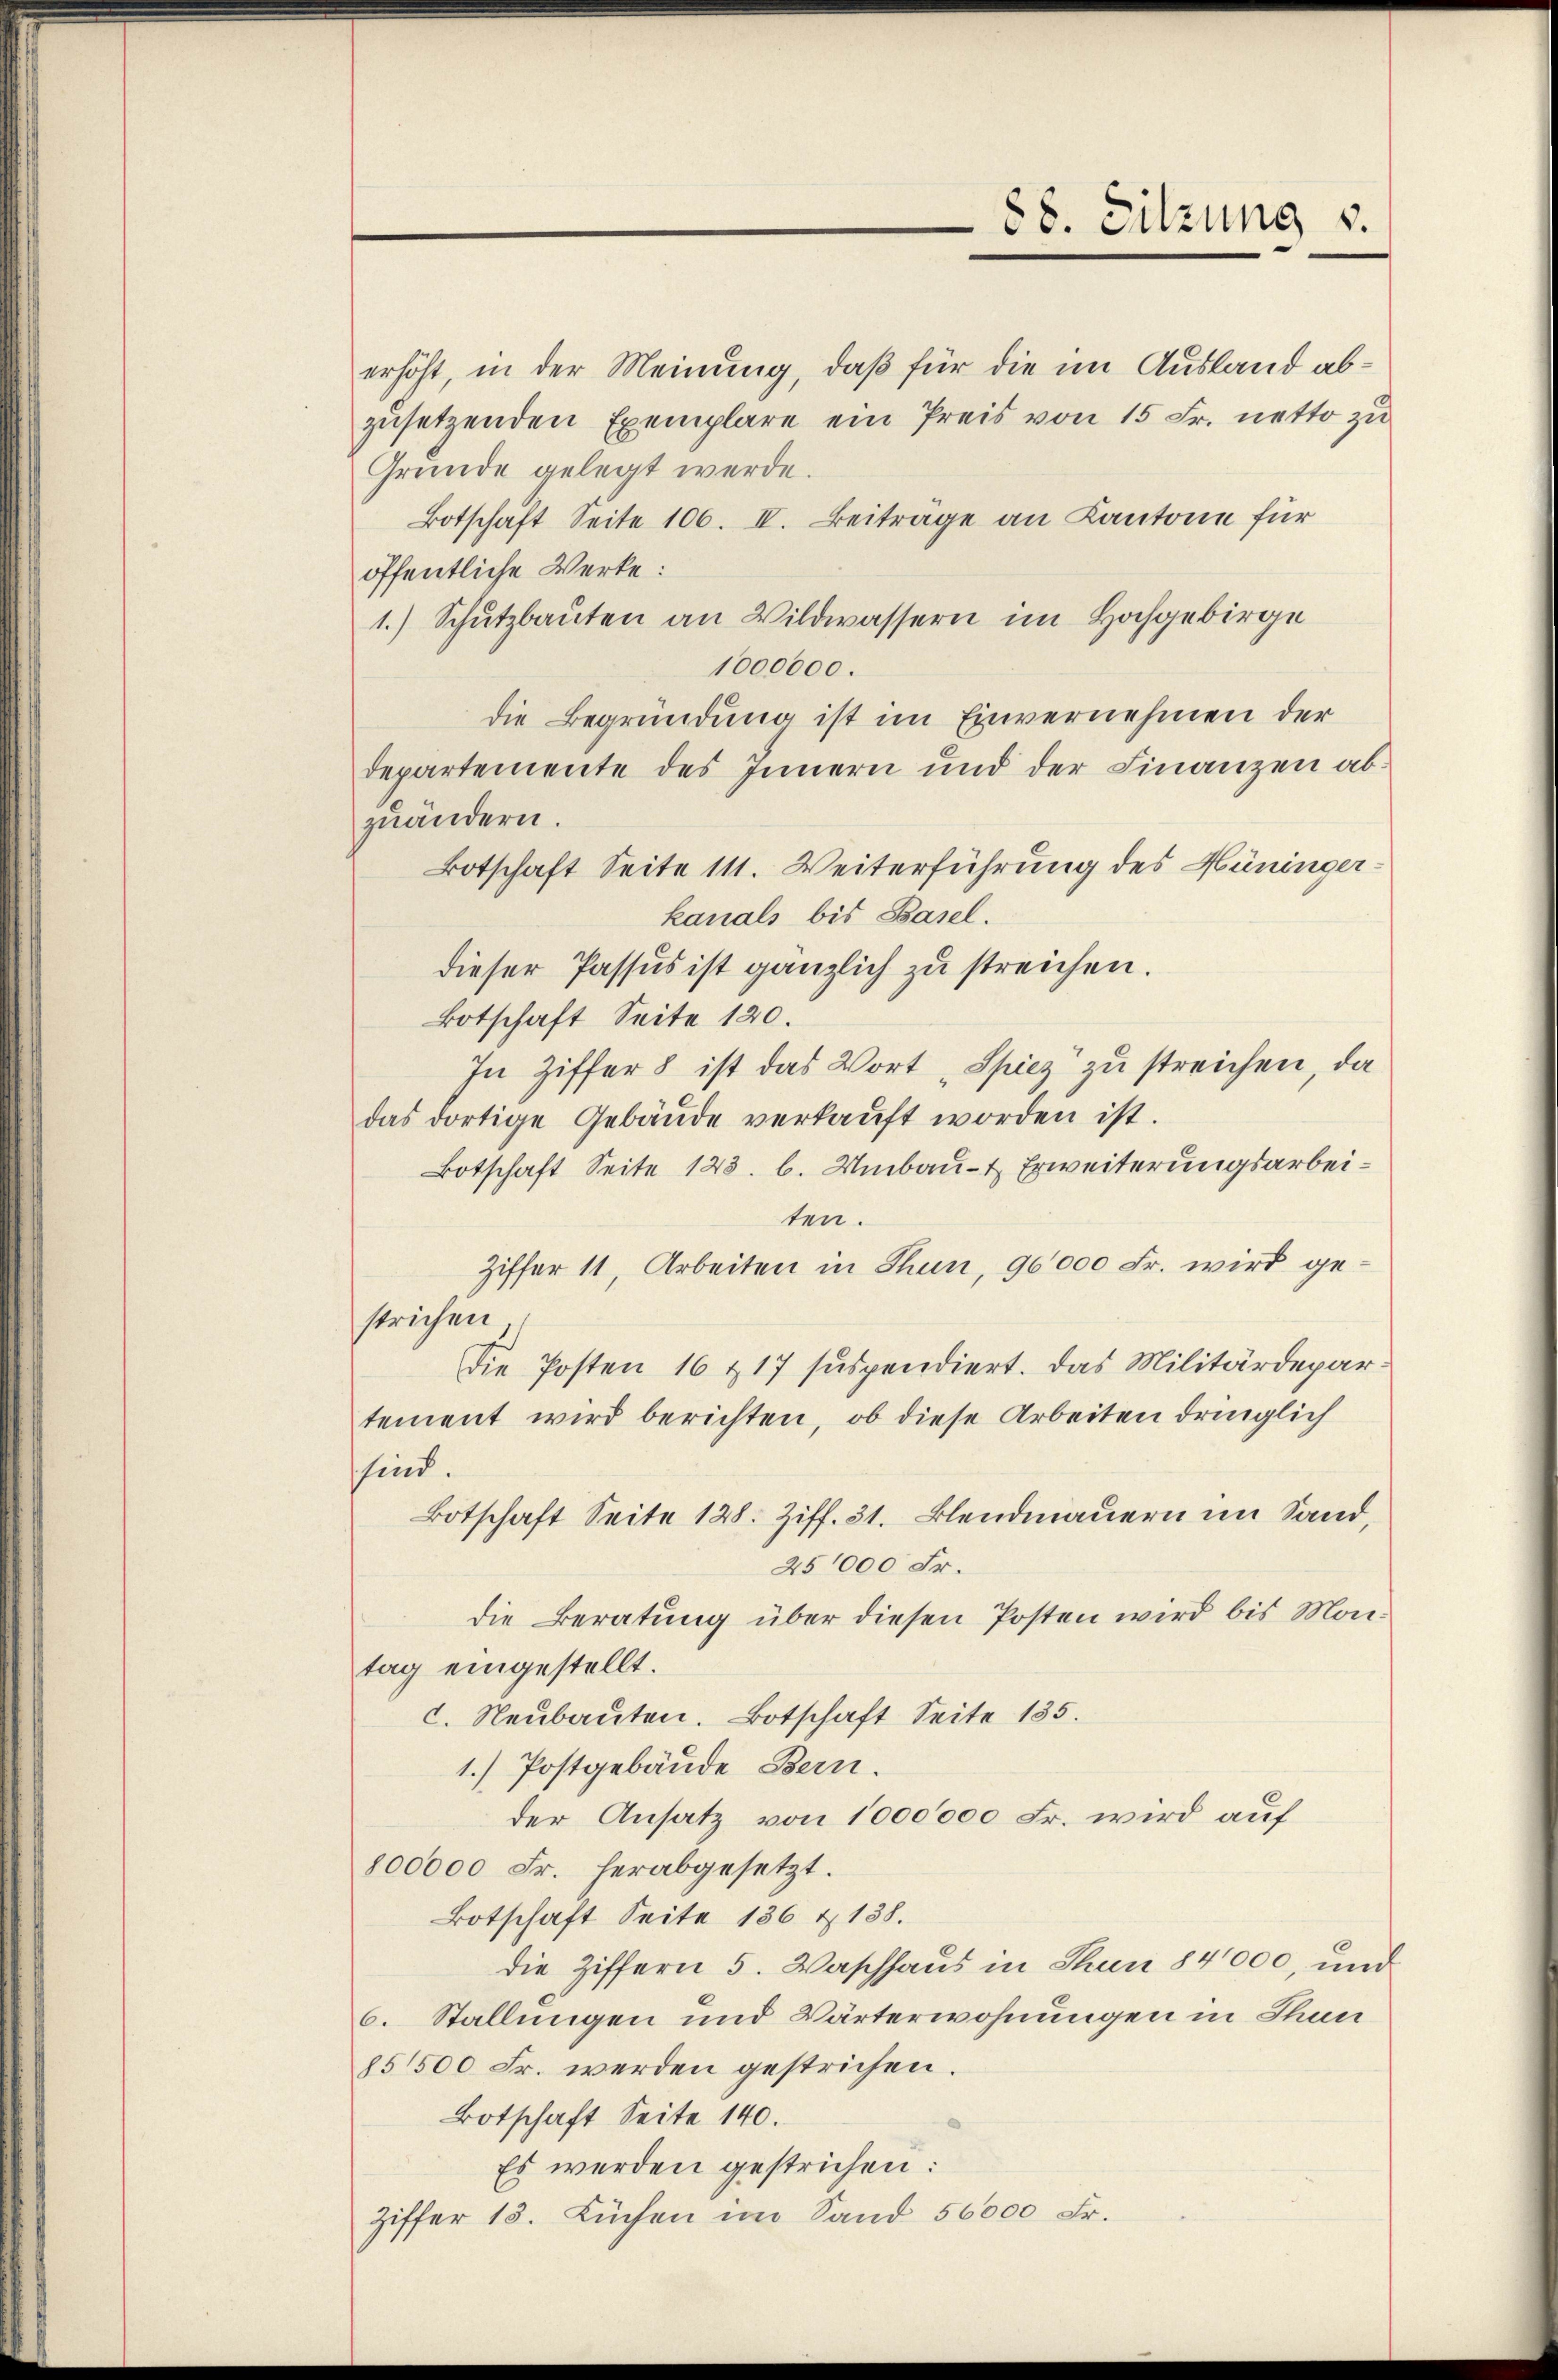
88. Sitzung v.

erhöht, in der Meinung, daß für die im Ausland abzusetzenden Exemplare ein Preis von 15 Fr. netto zu
Gründe gelegt werde.
Botschaft Seite 100. II. Beitrage an Kantone für
öffentliche Werke:
1.) Schutzbauten an Wildwassern im Hochgebirge
1000000.
die Begründung ist im Einvernehmen der
departemente des Innern und der Finanzen abzuändern.
Botschaft Seite 111. Weiterführung des Hüningerkanals bis Basel.
dieser Passus ist gänzlich zu streichen.
Botschaft Seite 120.
In Ziffer 8 ist das Wort „Spiez zu streichen, da
das dortige Gebäŭde verkaŭft worden ist.
Botschaft Seite 123. b. Umbau- & Erweiterungsarbeiten.
Ziffer 11, Arbeiten in Thun, 90,000 Fr. wird gestrichen
Die Posten 16 & 17 suspendiert. Das Militärdepartement wird berichten, ob diese Arbeiten dringlich
sind.
Botschaft Seite 128. Ziff. 31. Blendmauern im Sand,
251000 Fr.
die Beratung über diesen Posten wird bis Montag eingestellt.
c. Neubauten. Botschaft Seite 135.
1.) Postgebäude Bern.
der Ansatz von 1000000 Fr. wird auf
800000 Fr. herabgesetzt.
Botschaft Seite 136 & 138.
die Ziffern 5. Waschhaus in Thun 84000, und
6. Stallungen und Wärterwohnungen in Thun
§5500 Fr. werden gestrichen.
Botschaft Seite 140.
Es werden gestrichen:
Ziffer 18. Lüchen im Sand 56000 Fr.